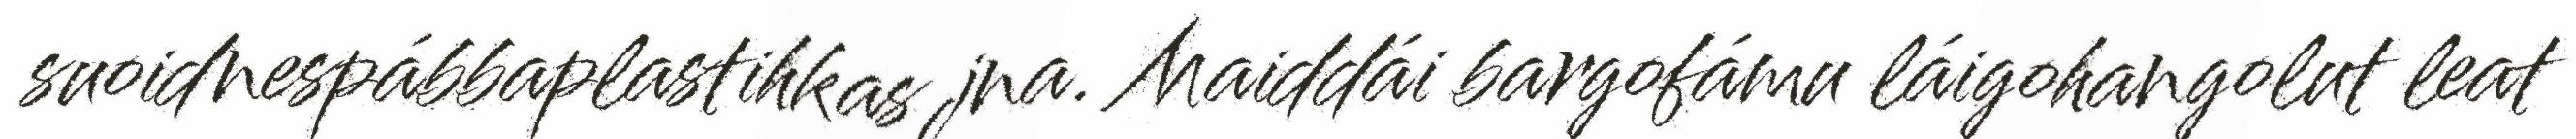
suoidnespábbaplastihkas jna. Maiddái bargofámu láigohangolut leat